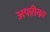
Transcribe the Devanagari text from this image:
अफ्ऱीका